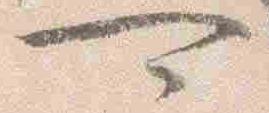
可